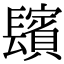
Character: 𨲺